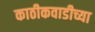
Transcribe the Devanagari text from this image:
काठीकवाडीच्या